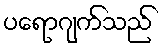
ပရောဂျက်သည်